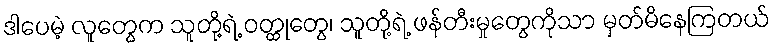
ဒါပေမဲ့ လူတွေက သူတို့ရဲ့ ဝတ္ထုတွေ၊ သူတို့ရဲ့ ဖန်တီးမှုတွေကိုသာ မှတ်မိနေကြတယ်